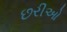
છરીઓ